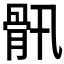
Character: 𩨖